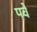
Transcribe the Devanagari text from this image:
पवे